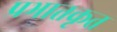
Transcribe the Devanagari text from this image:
प्रभातकृत